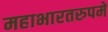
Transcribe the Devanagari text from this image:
महाभारतरुपमे